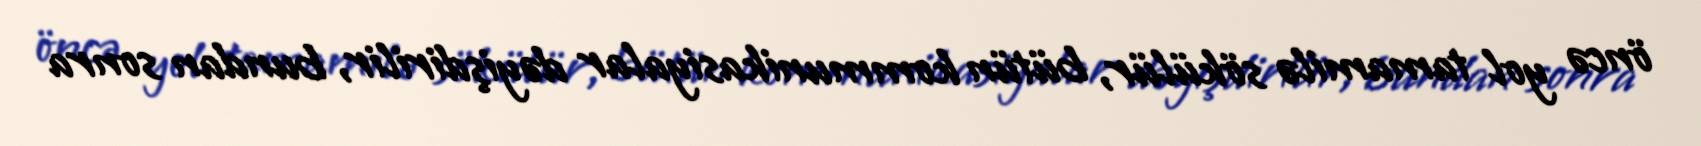
öncə yol tamamilə sökülür, bütün kommunikasiyalar dəyişdirilir, bundan sonra